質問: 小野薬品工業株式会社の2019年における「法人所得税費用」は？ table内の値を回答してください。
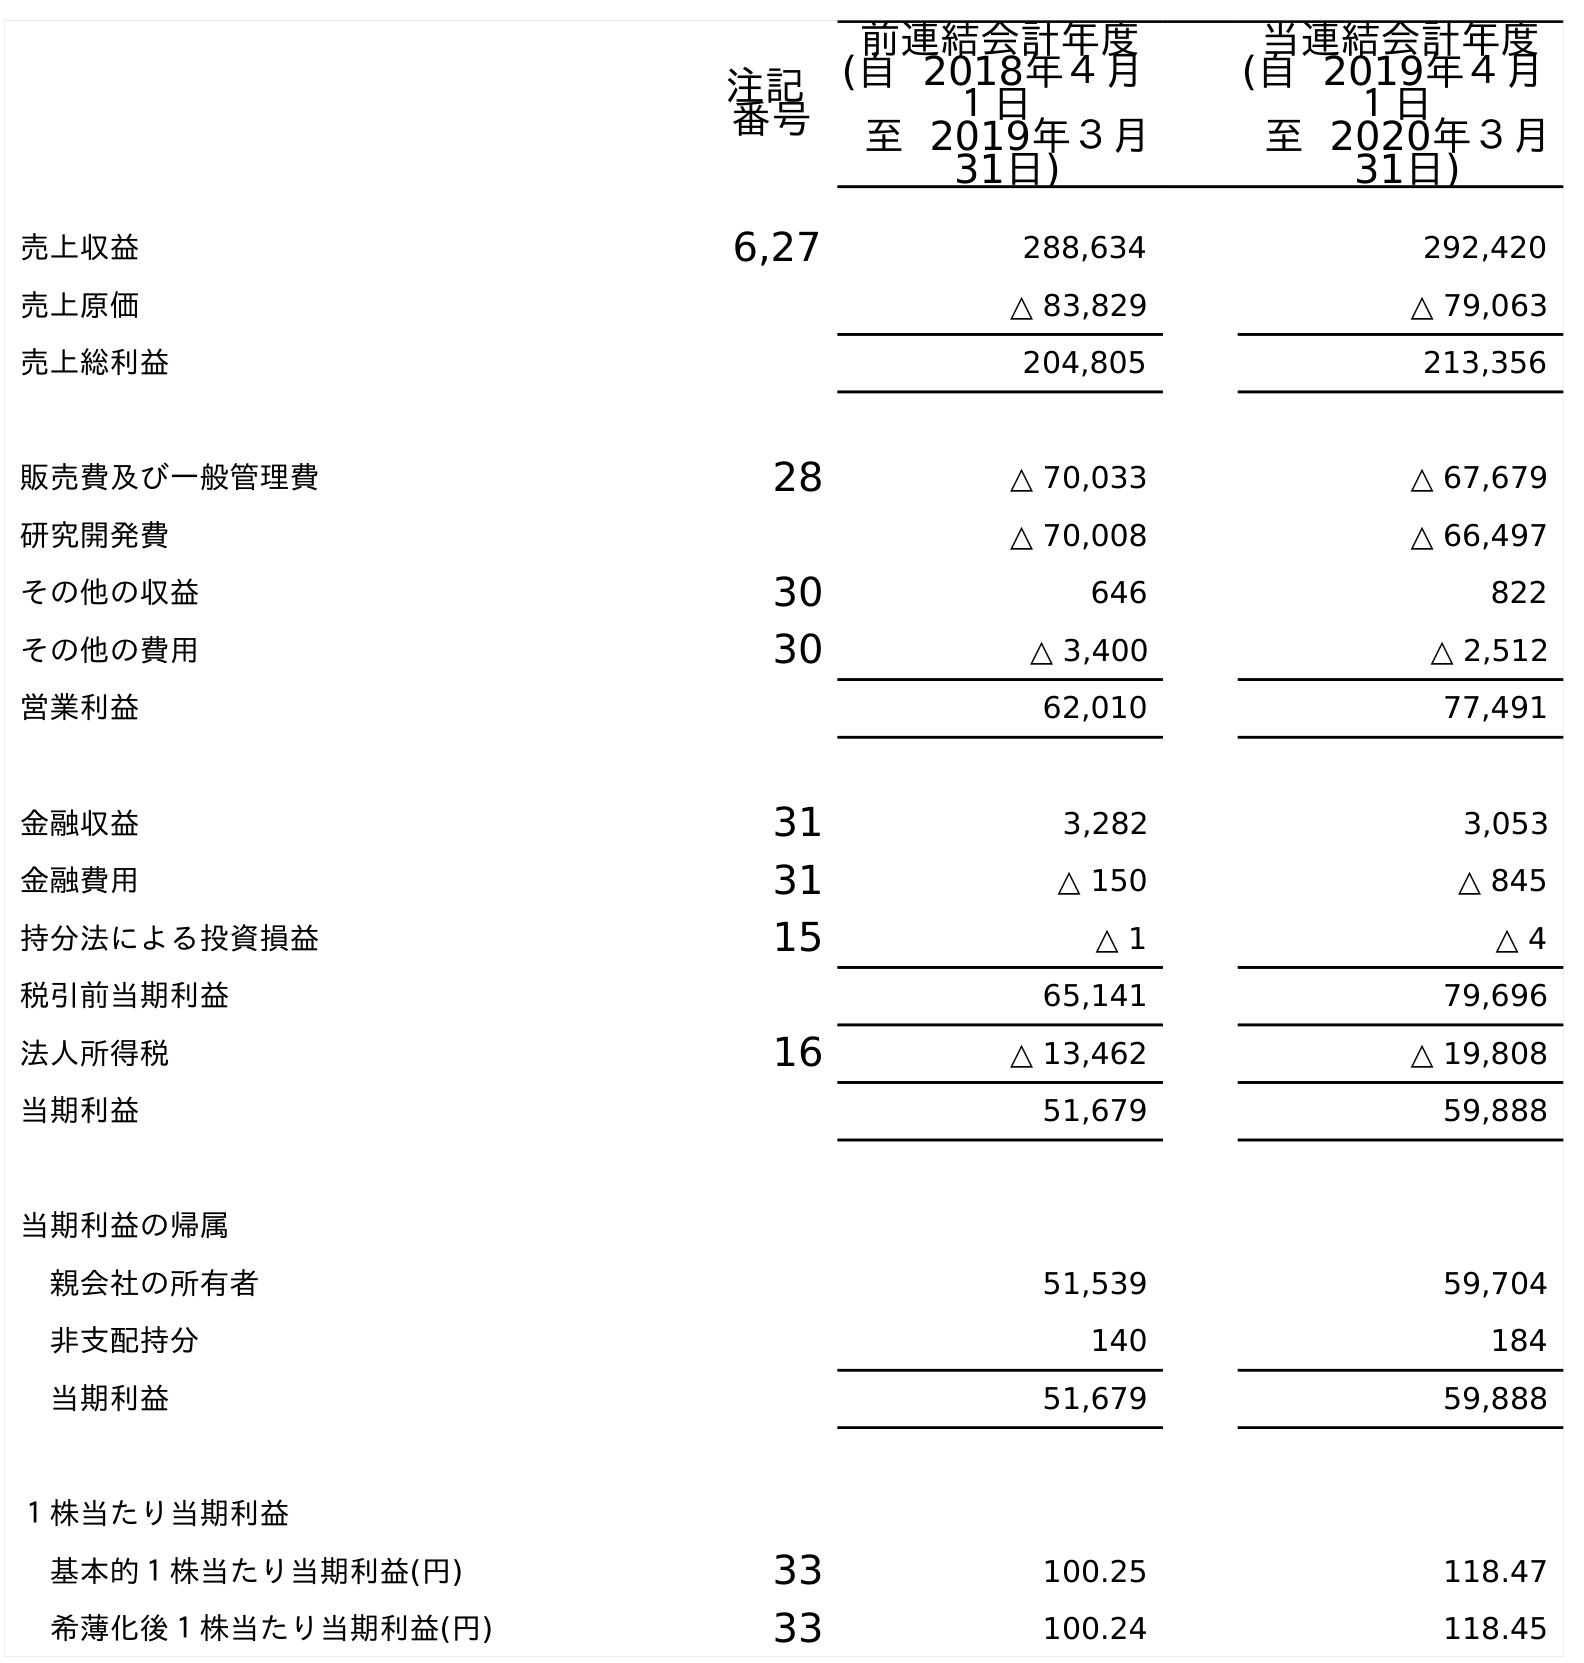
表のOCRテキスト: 注記 番号 前連結会計年度 (自 2018年４月 １日 至 2019年３月 31日) 当連結会計年度 (自 2019年４月 １日 至 2020年３月 31日) 売上収益 6,27 288,634 292,420 売上原価 △ 83,829 △ 79,063 売上総利益 204,805 213,356 販売費及び一般管理費 28 △ 70,033 △ 67,679 研究開発費 △ 70,008 △ 66,497 その他の収益 30 646 822 その他の費用 30 △ 3,400 △ 2,512 営業利益 62,010 77,491 金融収益 31 3,282 3,053 金融費用 31 △ 150 △ 845 持分法による投資損益 15 △ 1 △ 4 税引前当期利益 65,141 79,696 法人所得税 16 △ 13,462 △ 19,808 当期利益 51,679 59,888 当期利益の帰属 親会社の所有者 51,539 59,704 非支配持分 140 184 当期利益 51,679 59,888 １株当たり当期利益 基本的１株当たり当期利益(円) 33 100.25 118.47 希薄化後１株当たり当期利益(円) 33 100.24 118.45
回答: △13,462